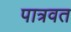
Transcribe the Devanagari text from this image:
पात्रवत